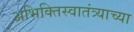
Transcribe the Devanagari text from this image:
अभिक्तिस्वातंत्र्याच्या